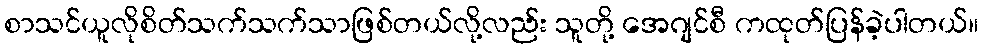
စာသင်ယူလိုစိတ်သက်သက်သာဖြစ်တယ်လို့လည်း သူတို့ အေဂျင်စီ ကထုတ်ပြန်ခဲ့ပါတယ်။